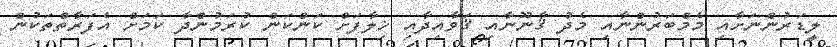
ލީޑަރުންނަށާއި މެމްބަރުންނާއި މެދު ޤާނޫނާއި ޤަވާއިދާއި ޚިލާފަށް ކަންކަން ކުރަމުންދާ ކަމަށް އެފަރާތްތަކުން